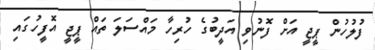
ފުލުހުން ޕީޖީ އަށް ފޮނުވި އަދީބުގެ ހުރިހާ މައްސަލަ ތައް ޕީޖީ އޮފީހުގައި